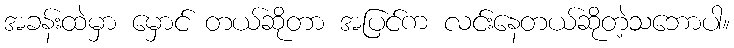
အခန်းထဲမှာ မှောင် တယ်ဆိုတာ အပြင်က လင်းနေတယ်ဆိုတဲ့သဘောပါ။